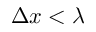
\Delta x < \lambda